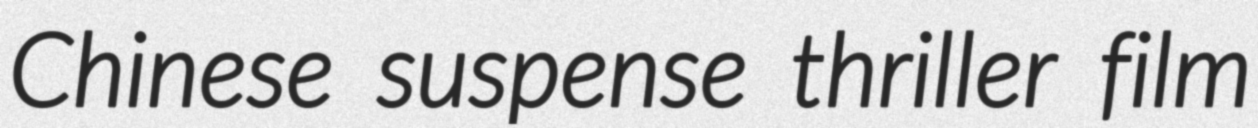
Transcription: Chinese suspense thriller film